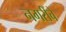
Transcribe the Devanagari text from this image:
नगरींचे